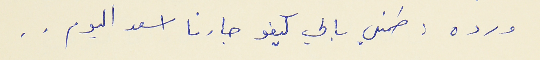
ورده : طمنلي بالي كيفو جارنا اسعد اليوم . .